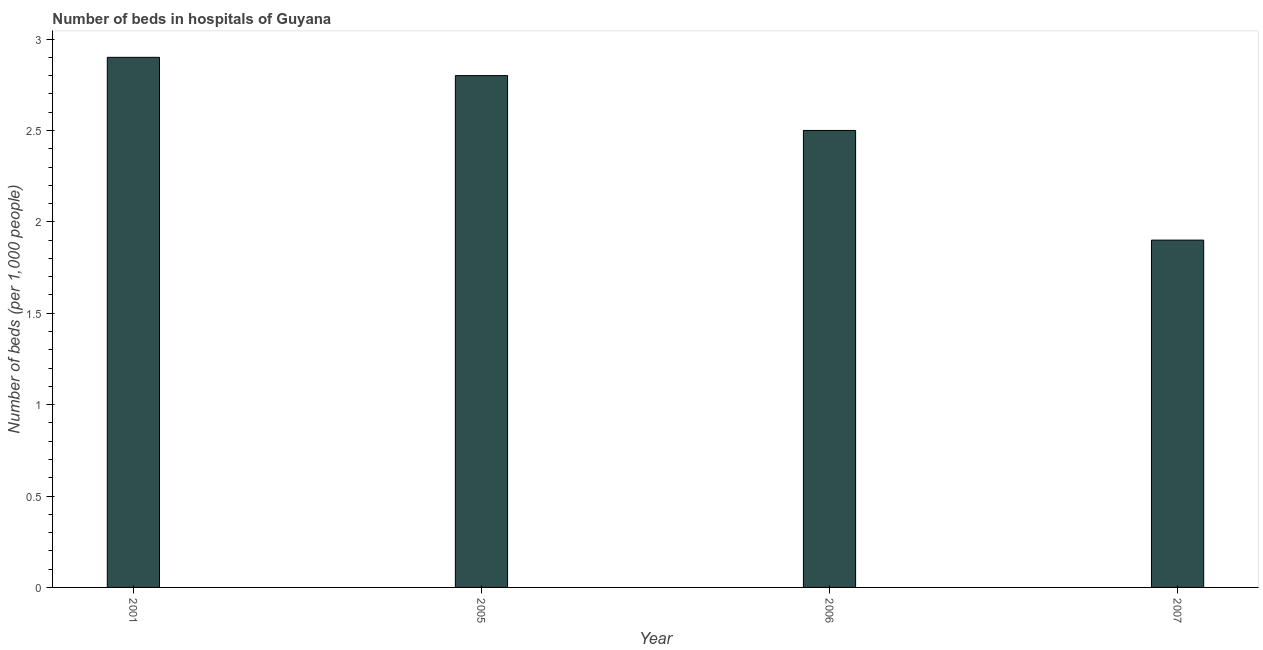
| Year | Hospital beds |
 | --- | --- |
 | 2001 | 2.9 |
 | 2005 | 2.8 |
 | 2006 | 2.5 |
 | 2007 | 1.9 |